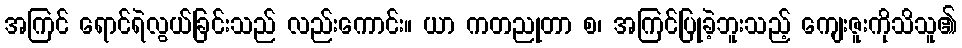
အကြင် ရောင်ရဲလွယ်ခြင်းသည် လည်းကောင်း။ ယာ ကတညုတာ စ၊ အကြင်ပြုခဲ့ဘူးသည့် ကျေးဇူးကိုသိသူ၏